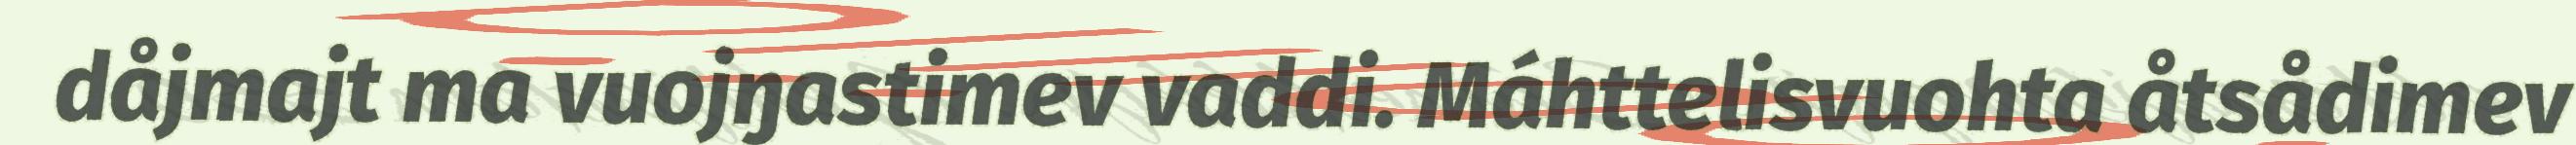
dåjmajt ma vuojŋastimev vaddi. Máhttelisvuohta åtsådimev